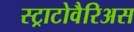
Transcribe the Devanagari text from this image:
स्ट्राटोवैरिअस